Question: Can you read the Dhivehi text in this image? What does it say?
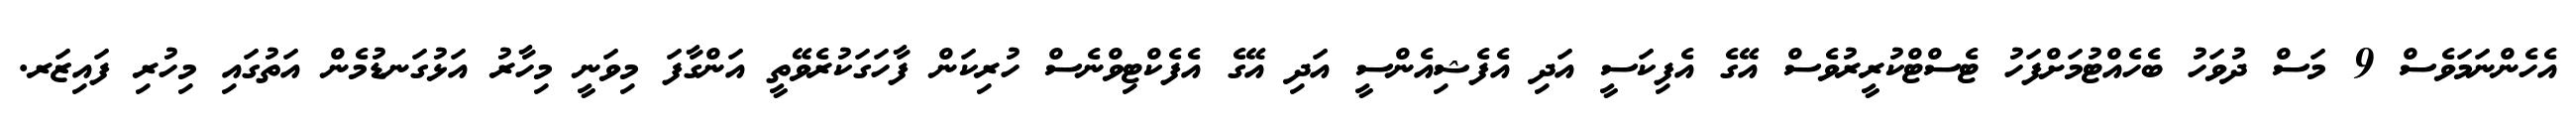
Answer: އެހެންނަމަވެސް 9 މަސް ދުވަހު ބެހެއްޓުމަށްފަހު ޓެސްޓްކުރީރުވެސް އޭގެ އެފިކަސީ އަދި އެފެޝިއެންސީ އަދި އޭގެ އެފެކްޓިވްނެސް ހުރިކަން ފާހަގަކުރެވޭތީ އަންގާފަ މިވަނީ މިހާރު އަޅުގަނޑުމެން އަތުގައި މިހުރި ފައިޒަރ.